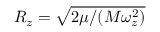
R _ { z } = \sqrt { 2 \mu / ( M \omega _ { z } ^ { 2 } ) }